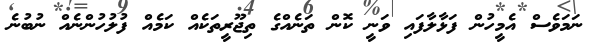
ނަމަވެސް އެމީހުން ފަޅާލާފައި ވަނީ ކޮން ތަނެއްގެ ތިޖޫރީތަކެއް ކަމެއް ފުލުހުންނެއް ނުބުނެ